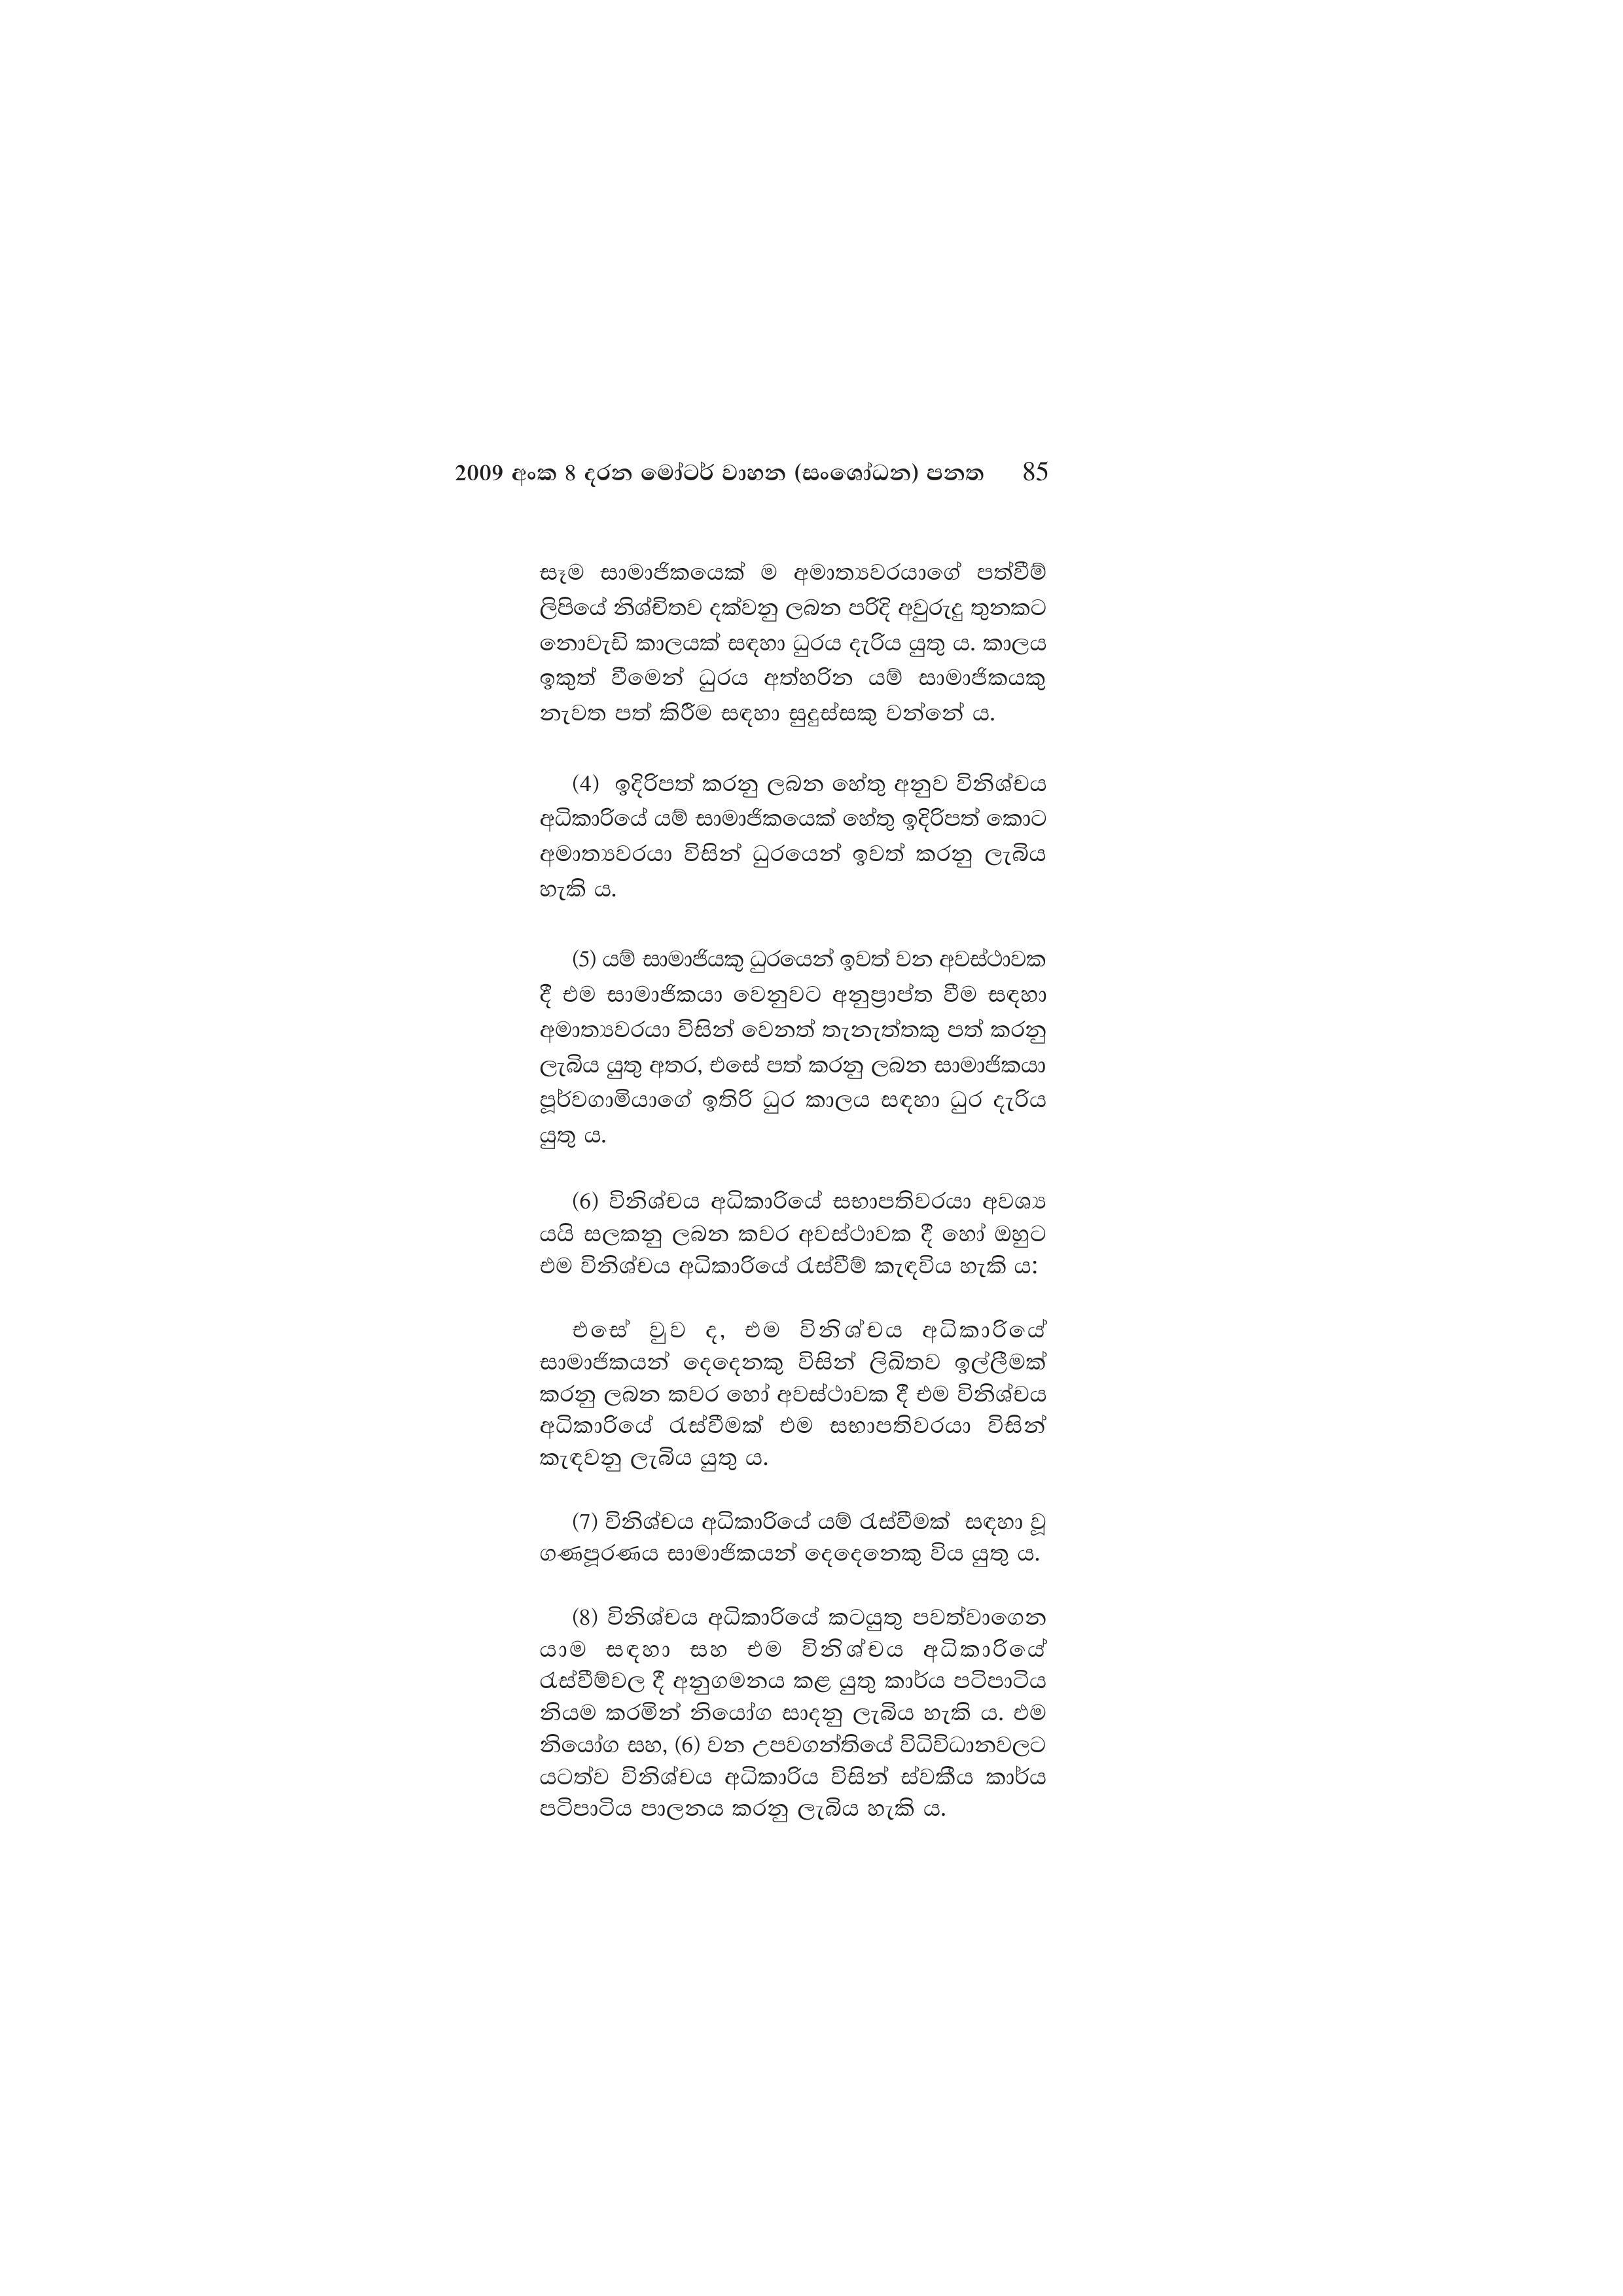
2009 අංක 8 දරන මෝටර් වාහන (සංශෝධන) පනත 85

සෑම සාමාජිකයෙක් ම අමාත්‍යවරයාගේ පත්වීම්
ලිපියේ නිශ්චිතව දක්වනු ලබන පරිදි අවුරුදු තුනකට
නොවැඩි කාලයක් සඳහා ධුරය දැරිය යුතු ය. කාලය
ඉකුත් වීමෙන් ධුරය අත්හරින යම් සාමාජිකයකු
නැවත පත් කිරීම සඳහා සුදුස්සකු වන්නේ ය.

(4) ඉදිරිපත් කරනු ලබන හේතු අනුව විනිශ්චය
අධිකාරියේ යම් සාමාජිකයෙක් හේතු ඉදිරිපත් කොට
අමාත්‍යවරයා විසින් ධුරයෙන් ඉවත් කරනු ලැබිය
හැකි ය.

(5) යම් සාමාජියකු ධුරයෙන් ඉවත් වන අවස්ථාවක
දී එම සාමාජිකයා වෙනුවට අනුප්‍රාප්ත වීම සඳහා
අමාත්‍යවරයා විසින් වෙනත් තැනැත්තකු පත් කරනු
ලැබිය යුතු අතර, එසේ පත් කරනු ලබන සාමාජිකයා
පූර්වගාමියාගේ ඉතිරි ධුර කාලය සඳහා ධුර දැරිය
යුතු ය.

(6) විනිශ්චය අධිකාරියේ සභාපතිවරයා අවශ්‍ය
යයි සලකනු ලබන කවර අවස්ථාවක දී හෝ ඔහුට
එම විනිශ්චය අධිකාරියේ රැස්වීම් කැඳවිය හැකි ය:

එසේ වුව ද, එම විනිශ්චය අධිකාරියේ
සාමාජිකයන් දෙදෙනකු විසින් ලිඛිතව ඉල්ලීමක්
කරනු ලබන කවර හෝ අවස්ථාවක දී එම විනිශ්චය
අධිකාරියේ රැස්වීමක් එම සභාපතිවරයා විසින්
කැඳවනු ලැබිය යුතු ය.

(7) විනිශ්චය අධිකාරියේ යම් රැස්වීමක් සඳහා වූ
ගණපූරණය සාමාජිකයන් දෙදෙනෙකු විය යුතු ය.

(8) විනිශ්චය අධිකාරියේ කටයුතු පවත්වාගෙන
යාම සඳහා සහ එම විනිශ්චය අධිකාරියේ
රැස්වීම්වල දී අනුගමනය කළ යුතු කාර්ය පටිපාටිය
නියම කරමින් නියෝග සාදනු ලැබිය හැකි ය. එම
නියෝග සහ, (6) වන උපවගන්තියේ විධිවිධානවලට
යටත්ව විනිශ්චය අධිකාරිය විසින් ස්වකීය කාර්ය
පටිපාටිය පාලනය කරනු ලැබිය හැකි ය.